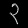
Digit: ၃